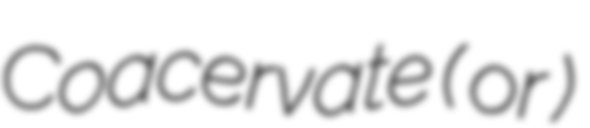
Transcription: Coacervate ( or )